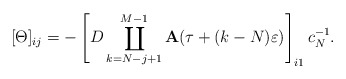
\begin{align*}[\Theta]_{ij}=-\left[D\coprod_{k=N-j+1}^{M-1}\mathbf{A}(\tau+(k-N)\varepsilon)\right]_{i1}c_N^{-1}.\end{align*}